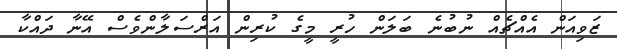
ޒަވިއަން އެއްޗެއް ނުބުނެ ބަލަން ހުރީ މީގެ ކުރިން އަރްސަލާންވެސް އޭނާ ދައްކާ